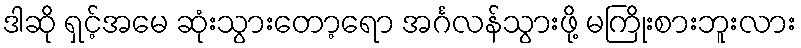
ဒါဆို ရှင့်အမေ ဆုံးသွားတော့ရော အင်္ဂလန်သွားဖို့ မကြိုးစားဘူးလား